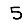
Digit: 5